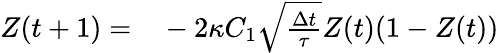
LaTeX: \begin{array}{rl}{Z(t+1)=}&{{}-2\kappa C_{1}\sqrt{\frac{\Delta t}{\tau}}Z(t)(1-Z(t))}\end{array}